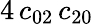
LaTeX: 4\, c_{02}\, c_{20}